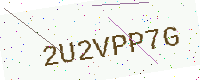
Text: 2U2VPP7G